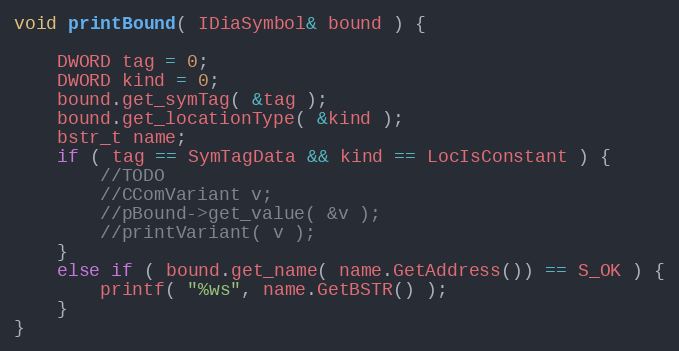
Language: C++
void printBound( IDiaSymbol& bound ) {

	DWORD tag = 0;
	DWORD kind = 0;
	bound.get_symTag( &tag );
	bound.get_locationType( &kind );
	bstr_t name;
	if ( tag == SymTagData && kind == LocIsConstant ) {
		//TODO
		//CComVariant v;
		//pBound->get_value( &v );
		//printVariant( v );
	}
	else if ( bound.get_name( name.GetAddress()) == S_OK ) {
		printf( "%ws", name.GetBSTR() );
	}
}